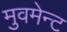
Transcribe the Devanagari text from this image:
मुवमेन्ट